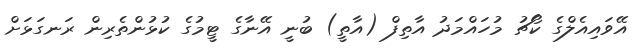
އޭވައިއެލްގެ ކޯޗު މުހައްމަދު އާތިފް (އާތީ) ބުނީ އޭނާގެ ޓީމުގެ ކުޅުންތެރިން ރަނގަޅަށް